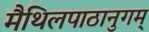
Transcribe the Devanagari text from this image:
मैथिलपाठानुगम्